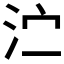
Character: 𰛑